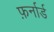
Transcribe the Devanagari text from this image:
फ़र्नार्ड